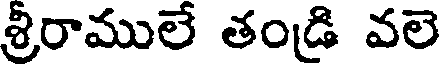
శ్రీరాములే తండి వలె